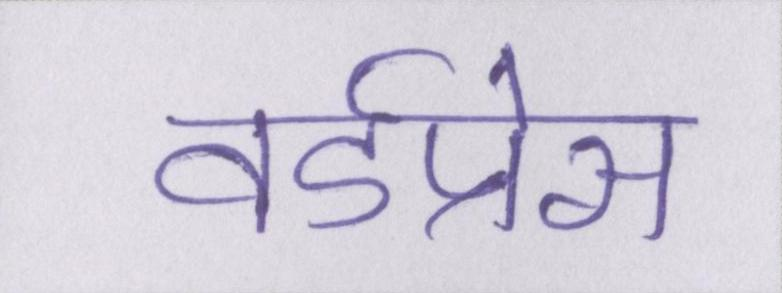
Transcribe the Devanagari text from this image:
वर्डप्रेस